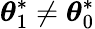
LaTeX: {\boldsymbol{\theta}}_{1}^{*}\neq{\boldsymbol{\theta}}_{0}^{*}